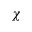
\chi